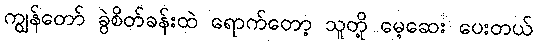
ကျွန်တော် ခွဲစိတ်ခန်းထဲ ရောက်တော့ သူတို့ မေ့ဆေး ပေးတယ်